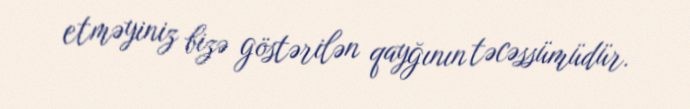
etməyiniz bizə göstərilən qayğının təcəssümüdür.